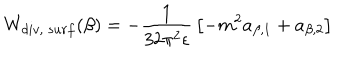
W _ { d i v , ~ s u r f } ( \beta ) = - { \frac { 1 } { 3 2 \pi ^ { 2 } \epsilon } } \left[ - m ^ { 2 } a _ { \beta , 1 } + a _ { \beta , 2 } \right] ~ ~ ~